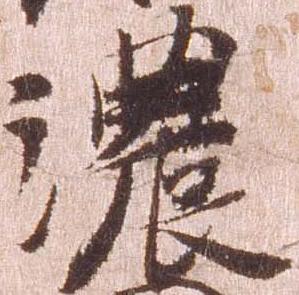
濃